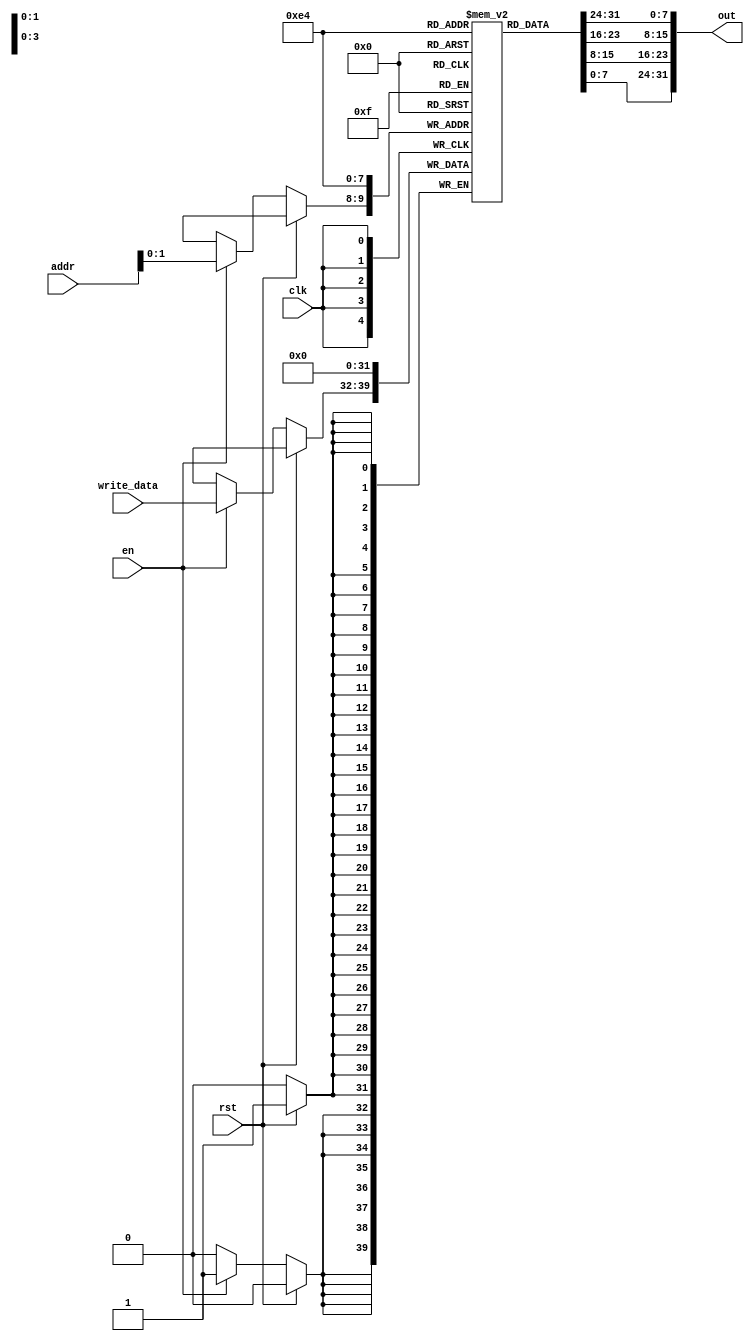
module register4word(clk, en, rst, addr, write_data, out);
    input clk, en, rst;
    input [7:0] addr;
    input [7:0] write_data;
    reg [7:0] data [0:3];
    output [31:0] out;
    always @(posedge clk) begin
        if (rst) begin
            data[0] <= 0;
            data[1] <= 0;
            data[2] <= 0;
            data[3] <= 0;
        end 
        else if (en) begin
            data[addr] <= write_data;
        end
    end
    assign out = {data[0], data[1], data[2], data[3]};
endmodule